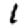
Digit: 1